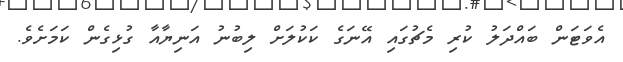
އެވަޓަން ބައްދަލު ކުރި މެޗުގައި އޭނަގެ ކަކުލަށް ލިބުނު އަނިޔާއާ ގުޅިގެން ކަމަށެވެ.